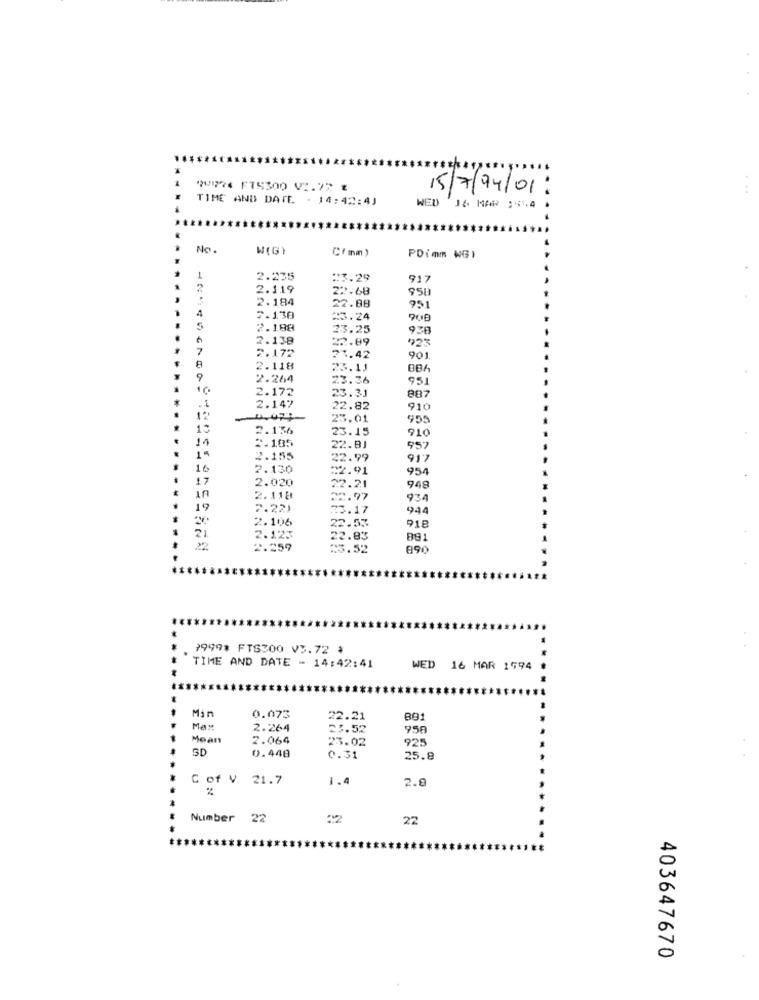
9724 F75300 V2.77 E
15/7/94/01:
TIME AND DATE . 14:42:41
WED 16 MAR 2414
No .
W(G)
C(mm)
PDimm WG)
1
2.235
=3.29
917
2
2.119
22.68
951
2.184
22.88
4
7.138
=3.24
908
5
2.188
23.25
938
2.138
22.09
923
7
2.172
21.42
901
8
2.118
25.11
9
2.264
23.36
95
10
2.172
23.31
887
.1
2.147
22.82
910
12
23.01
955
2.136
23.15
910
14
2.105
22.BJ
957
2.155
22.99
917
16
2.130
:2.91
954
17
UT
2.020
22.24
948
2.118
22.97
934
19
7.22)
33.17
944
2.106
918
2
22.55
2.123
22.83
2.259
23.52
890
1999* FTS300 V3.72 *
TIME AND DATE - 14:42:41
WED
16 MAR 1994
Min
0.073
22.21
Ma"
2.264
23.52
958
Mean
2.064
25.02
925
SD
0.448
0.31
25.8
C of V 21.7
1.4
2.0
Number 22
22
22
403647670